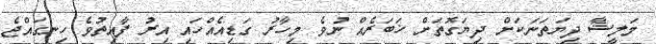
މަލީޝާ ދިޔަތަނަކަށް ދިޔަގޮތަށް ޚަބަރެއް ނުވެ މިހާރު ގަޑިއެއްހައި އިރު ފާއިތުވެ ހިނގައްޖެ